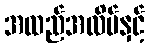
အထည်အလိပ်နှင့်